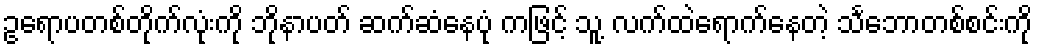
ဥရောပတစ်တိုက်လုံးကို ဘိုနာပတ် ဆက်ဆံနေပုံ ကဖြင့် သူ့ လက်ထဲရောက်နေတဲ့ သင်္ဘောတစ်စင်းကို